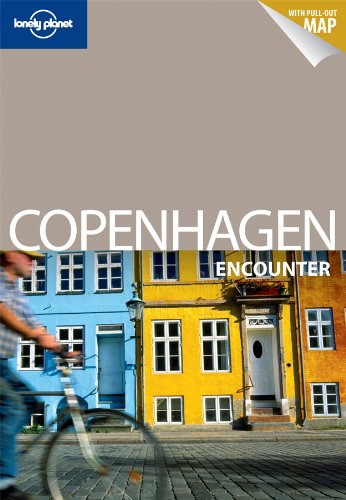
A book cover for Lonely Planet Copenhagen Encounter (Travel Guide); Lonely Planet; Travel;